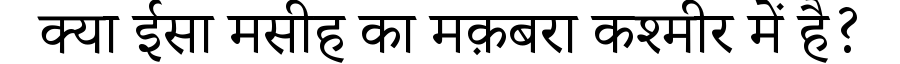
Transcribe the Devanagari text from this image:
क्या ईसा मसीह का मक़बरा कश्मीर में है?